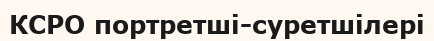
КСРО портретші-суретшілері